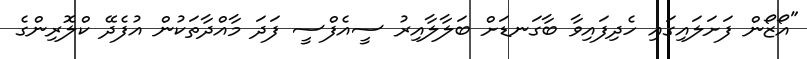
"އޯޒޯން ފަށަލައިގައި ހެދިފައިވާ ބާގަނޑަށް ބަލާލާއިރު ސީއެފްސީ ފަދަ މާއްދާތަކުން އުފެދޭ ކްލޮރިންގެ